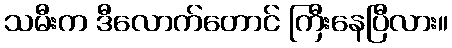
သမီးက ဒီလောက်တောင် ကြီးနေပြီလား။